Report of the Indian Hemp Drugs Commission, 1894-1895 - Volume VII
Year: 1894
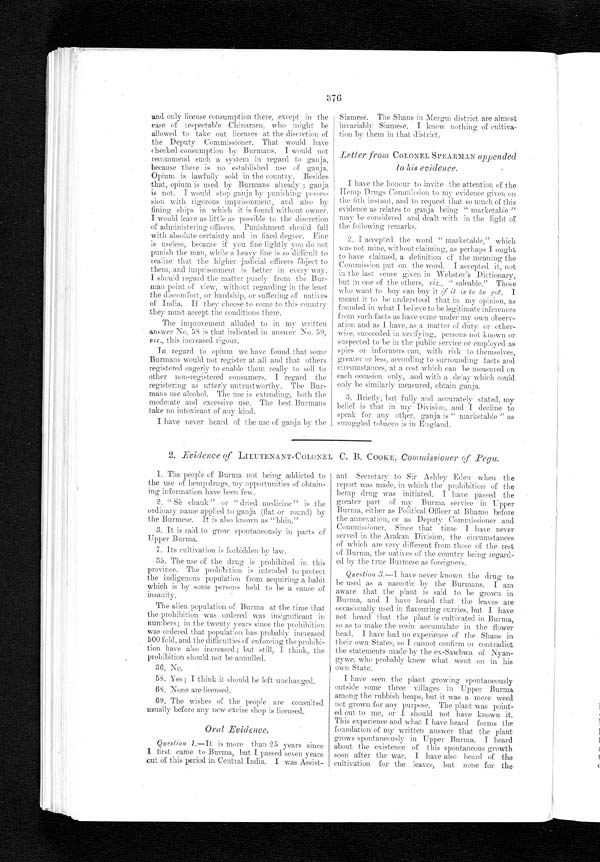
376
and only license consumption there, except in the
case of respectable Chinamen, who might be
allowed to take out licenses at the discretion of
the Deputy Commissioner. That would have
checked consumption by Burmans. I would not
recommend such a system in regard to ganja,
because there is no established use of ganja.
Opium is lawfully sold in the country. Besides
that, opium is used by Burmans already ; ganja
is not. I would stop ganja by punishing posses-
sion with rigorous imprisonment, and also by
fining ships in which it is found without owner.
I would leave as little as possible to the discretion
of administering officers. Punishment should fall
with absolute certainty and in fixed degree. Fine
is useless, because if you fine lightly you do not
punish the man, While a heavy fine is so difficult to
realize that the higher judicial officers object to
them, and imprisonment is better in every way.
I should regard the matter purely from the Bur-
man point of view, without regarding in the least
the discomfort, or hardship, or suffering of natives
of India. If they choose to come to this country
they must accept tike conditions there.
The improvement alluded to in my written
answer No. 58 is that indicated in answer No. 59,
viz., this increased rigour.
In
regard to opium we have found that some
Burmans would not register at all and that others
registered eagerly to enable them really to sell to
other non-registered consumers. I regard the
registering as utterly untrustworthy. The Bur-
mans use alcohol. The use is extending, both the
moderate and excessive use. The best Burmans
take no intoxicant of any kind.
Siamese. The Shans in Mergui district are almost
invariably Siamese. I know nothing of cultiva-
tion by them in that district.
Letter from COLONEL SPEARMAN appended
to his evidence.
I have the honour to invite the attention of the
Hemp Drugs Commission to my evidence given on.
The 6th instant,a n d t o r e q u e s t t h a t s o m u c h o f t h i s
evidence as relates to ganja being " marketable "
may be considered and dealt with in the light of
the following remarks.
2. I accepted the word " marketable," which
was not mine, without claiming, as perhaps I ought
to have claimed, a definition of the meaning the
Commission put on the word. I accepted it, not
in the last sense given in "Webster's Dictionary,
but in one of the others, viz., " saleable." Those
who want to buy Can buy it if il is to be got. I
meant it to be understood that in my opinion, as
founded in what I believe to be legitimate inferences
from such facts as have come under my own observ-
ation and as I have, as a matter of duty or other-
wise, succeeded in verifying, persons not known or
suspected to be in the public service or employed as
spies or informers can, with risk to themselves,
greater or less, according to surrounding facts and
circumstances, at a cost which can be measured on
each occasion only, and with a delay which could
only be similarly measured, obtain ganja.
3. Briefly, but fully and accurately stated, my
belief is that in my Division, and I. decline to
speak for any other, ganja is " marketable " as
smuggled tobacco is in England.
I have never heard of the use of ganja by the
2. Evidence of LIEUTENANT-COLONEL C. B. COOKE, Commissioner of Pegu.
4
1. The people of Burma not being addicted to
the use of hemp drugs, my opportunities of obtain-
ing information have bee n f e w.
2. " S è c h a u k " o r " d r i e d m e d i c i n e " i s t h e
ordinary name applied to ganja (flat or round) by
the Burmese. It is also known as "bhin."
3. It is said to grow spontaneously in parts of
Upper Burma.
7. Its cultivation is forbidden b y law.
35. The use of the drug is prohibited in this
province. The prohibition is intended to protect
the indigenous population from. acquiring a habit
which is by some persons held to be a cause of
insanity.
The alien population of Burma at the time that
the prohibition was ordered was insignificant
in numbers; in the twenty years since the prohibition
was ordered that. population has probably increased
500 fold, and the difficulties of enforcing the prohibi-
tion have also increased ; but still, I think, the
prohibition should not be annulled.
36. No.
5S. Yes; I think it should be left unchanged.
6S. None are licensed.
69. The wishes of the people are consulted
usually before any new excise shop is licensed.
Oral Evidence.
Question 1 .—It is more than 25 years since
I first came to Burma, but I passed seven years
out of this period in Central India. I was Assist-
ant Secretary to Sir Ashley Eden when the
report was made, in which the prohibition of the
hemp drug was initiated. I have passed the
greater part of my Burma service in Upper
Burma, either as Political Officer at Bhamo before
the annexation, or as Deputy Commissioner and
Commissioner. Since that time I have never
served in the Arakan Division, the circumstances
of which are very different from those of the rest
of Burma, the natives of the country being regard-
ed by the true Burmese as foreigners.
Question 3—Ihave never known the drug to
be used as a narcotic by the Burmans. I am
aware that the plant is said to be grown in
Burma, and I have heard that the leaves are
occasionally used in flavouring curries, but I have
not heard that the plant is cultivated in Burma,
so as to make the resin accumulate in the flower
head. I have had no experience of the Shans in
their own States, so I cannot confirm or contradict
the statements made by the ex-Sawbwa of Nyan-
gywe, who probably knew what went on in his
own State.
I have seen the plant growing spontaneously
outside some three villages in Upper Burma
among the rubbish heaps, but it was a mere weed
not grown for any purpose. The plant was point-
ed out to me, or I should not have known it.
This experience and what I have heard forms the
foundation of my written answer that the plant
grows spontaneously in Upper Burma. I heard
about the existence of this spontaneous growth
soon after the war. I have also heard of the
cultivation for the leaves, but none for the